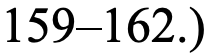
159–162.)